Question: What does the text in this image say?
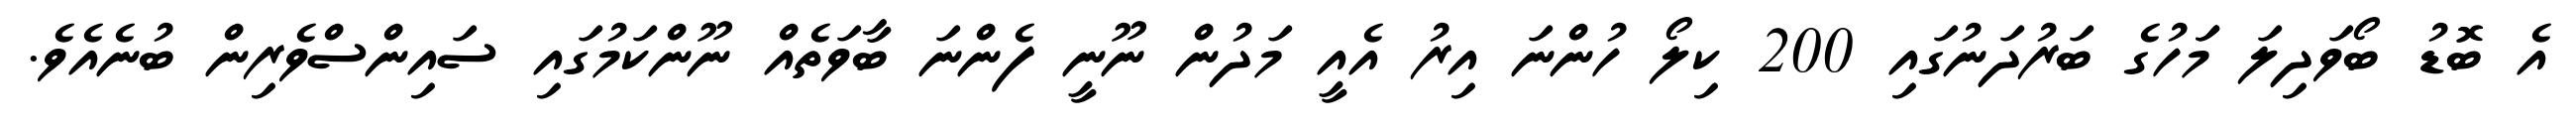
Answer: އެ ބޮޑު ބޯވަދިލަ މަަހުގެ ބަރުދަނުގައި 200 ކިލޯ ހުންނަ އިރު އެއީ މަދުން ނޫނީ ފެންނަ ބާވަތެއް ނޫންކަމުގައި ސައިންސްވެރިން ބުނެއެވެ.